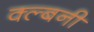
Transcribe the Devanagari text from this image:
क्ल्बनी